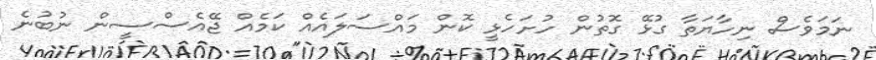
ނަމަވެސް ނިހާޔަތާ ގުޅޭ ގޮތުން ހުށަހެޅީ ކޮން މައްސަލައެއް ކަމެއް ޖޭއެސްސީން ނުބުނެ